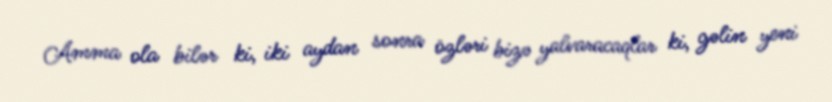
Amma ola bilər ki, iki aydan sonra özləri bizə yalvaracaqlar ki, gəlin yeni